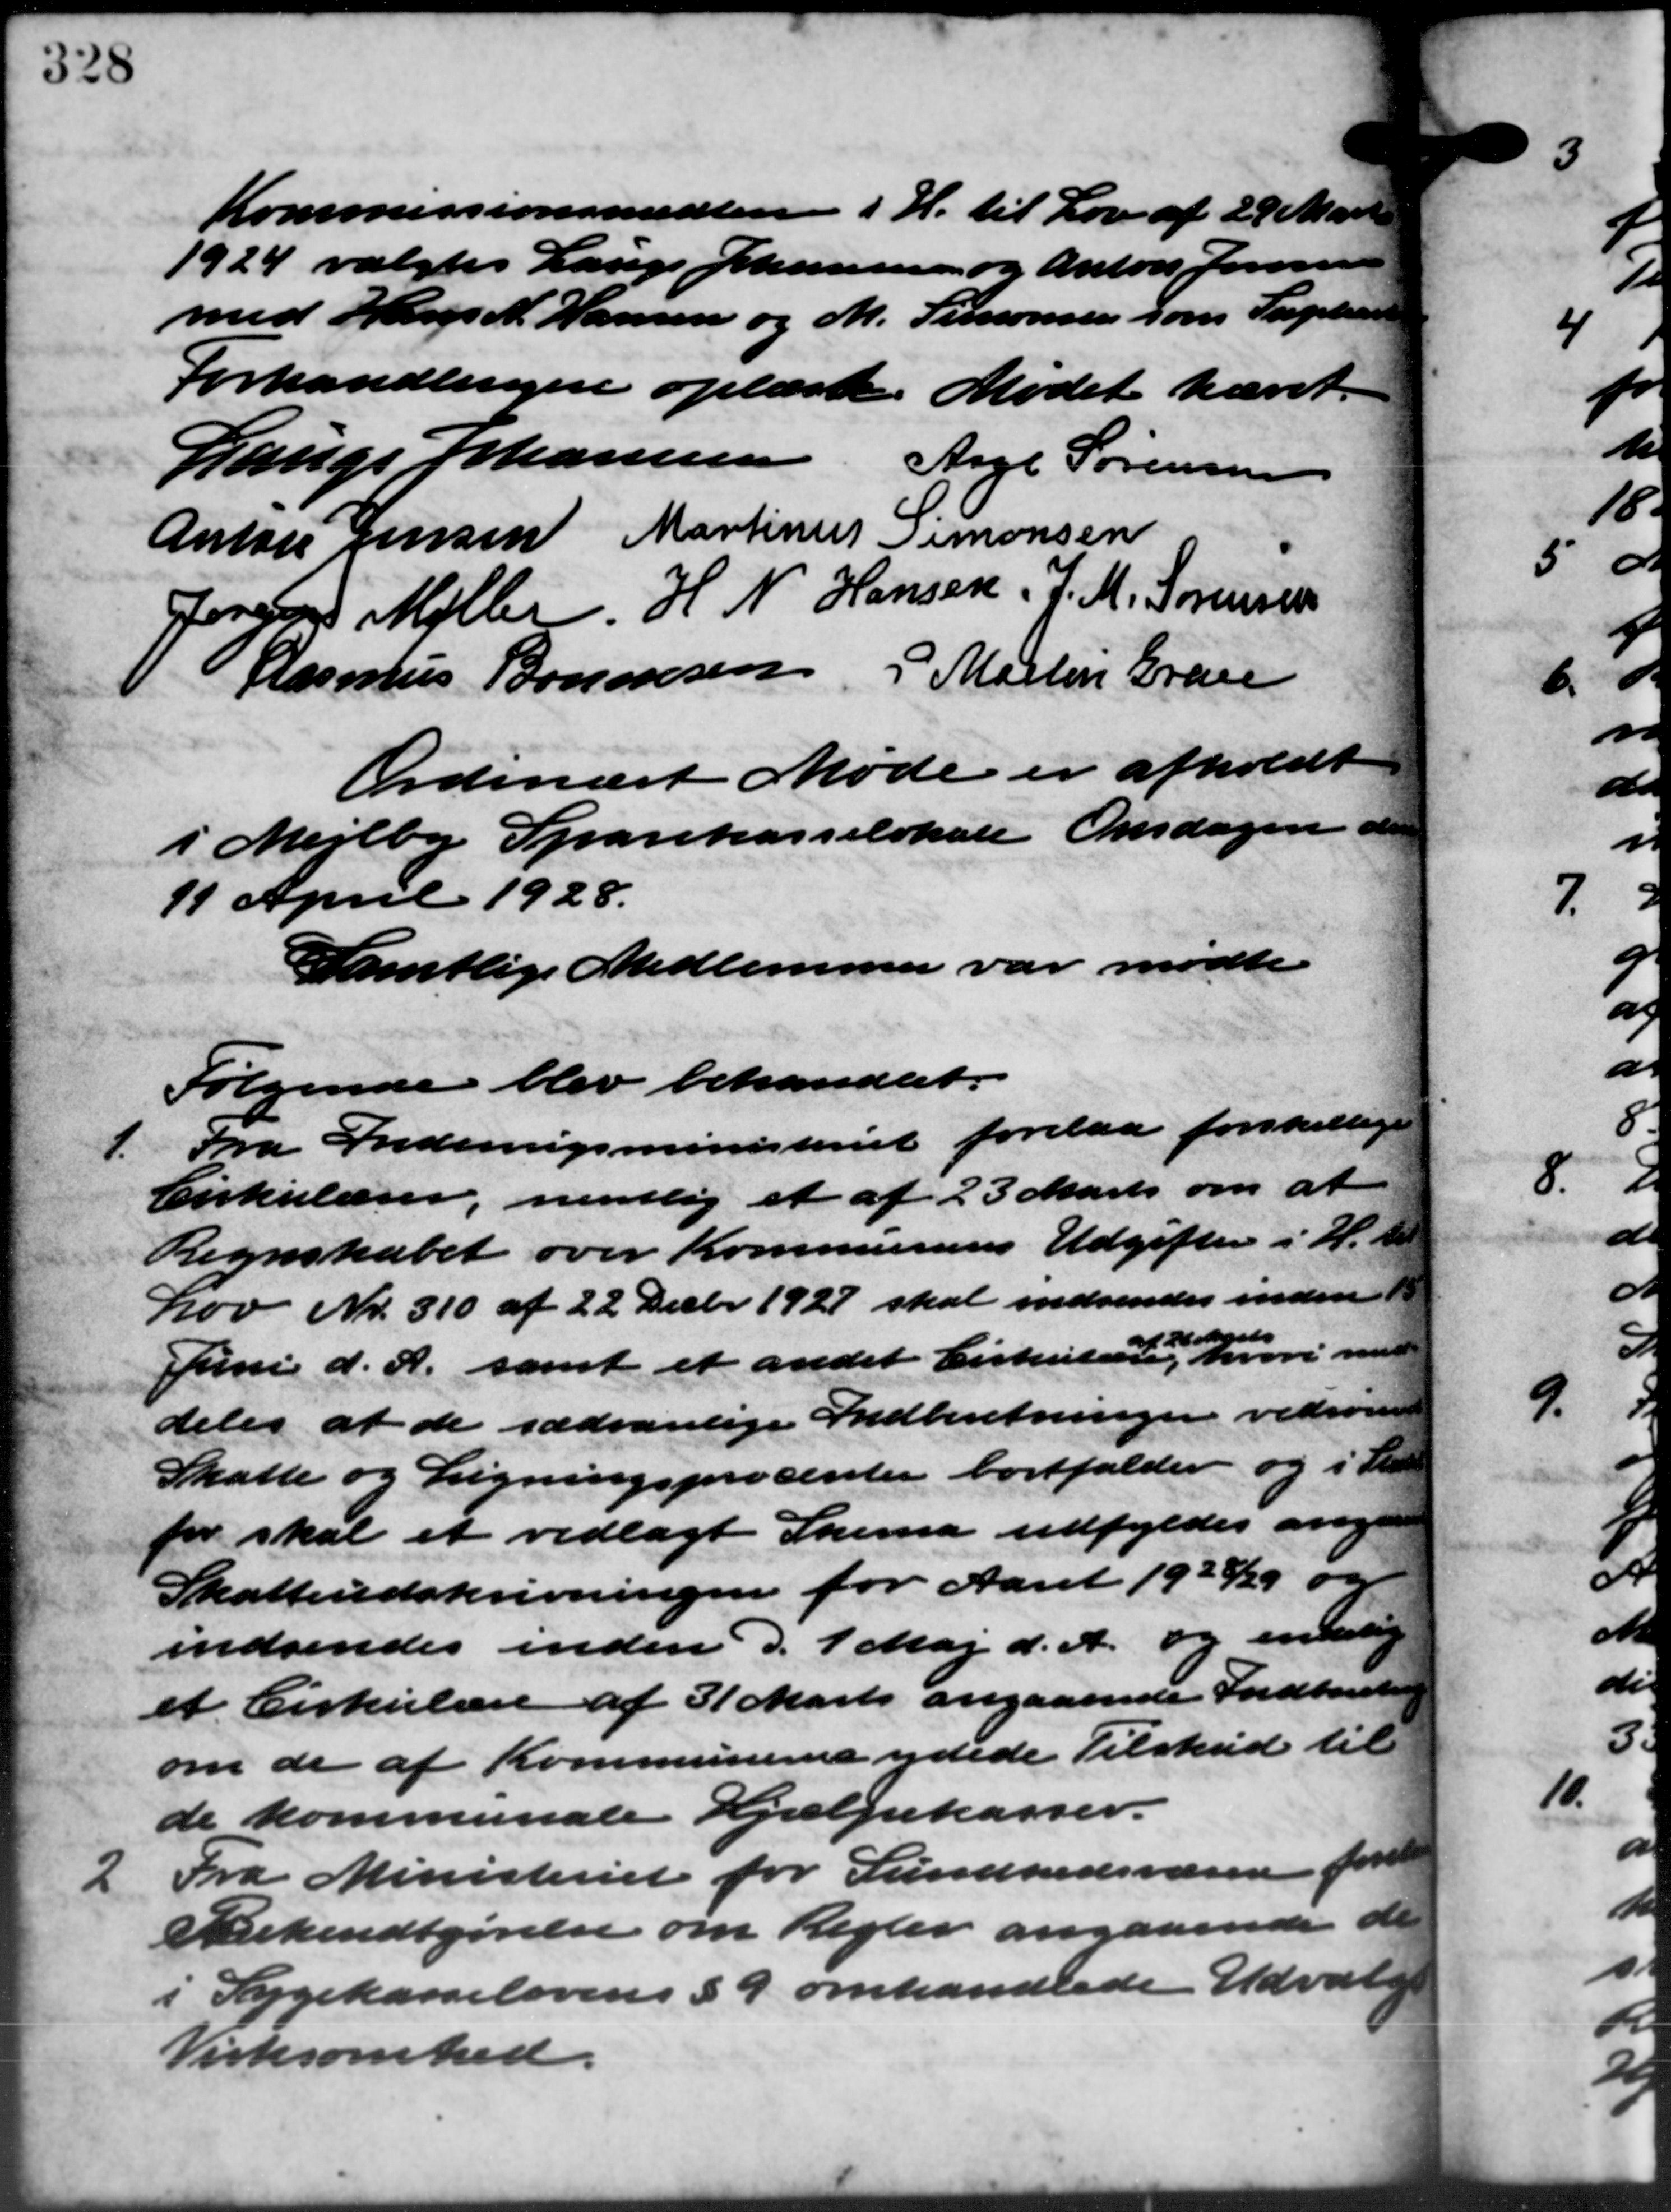
Transskription:
Kommissionsmedlem i H. til Lov af 29 Mart
1924 valgtes Lauge Johannesen og Anton Jensen
med Hans N. Hansen og M. Simonsen som Suplean
Forhandlingen oplæst. Mødet hævet.
Lauge Johannesen Aage Sørensen
Anton Jensen Martinus Simonsen
Jørgen Møller H. N. Hansen J. M. Sørensen
Rasmus Bononsen P. Martin Grave
Ordinært Møde er afholdt
i Mejlby Sparekasselokale Onsdagen a
11 April 1928.
Samtlige Medlemmer var mødte
Følgende blev behandlet.
1. Fra Indenrigsministeriet forelaa forskell
1. Fra Indenrigsministeriet forelaa forskell
Cirkulærer, nentlig et af 23 Marts om at
Regnskabet over Kommunens Udgiften i H.
Lov Nr. 310 af 22 Decbr. 1927 skal indsendes inden
Juni d. A. samt et andet Cirkulære, hvori med
1 d
deles at de sædvanlige Indberetninger vedrører
Skatte og Ligningsprocenter bortfalder og i St
for skal et vedlagt Skema udfyldes ang.
Skatteudskrivningen for Aaret 1928/29 og
indsendes inden d. 1 Maj d. A. og endelig
et Cirkulære af 31 Marts angaaende Indberetn
om de af Kommunerne ydede Tilskud til
de kommunale Hjælpekasser.
2
Fra Ministeriet for Sundhedsvæsen fore
Bekendtgørelse om Regler angaaende de
i Sygekasselovens § 9 omhandlede Udvalg
Virksomhed